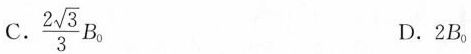
A.$$\frac{2 \sqrt{3}}{3}B_{0}$$ D.2B_{0}